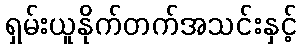
ရှမ်းယူနိုက်တက်အသင်းနှင့်